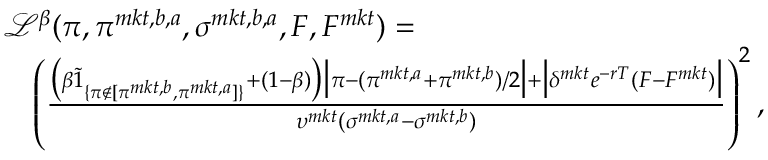
\begin{array} { r l } & { \mathcal { L } ^ { \beta } ( \pi , \pi ^ { m k t , b , a } , \sigma ^ { m k t , b , a } , F , F ^ { m k t } ) = } \\ & { \quad \left( \frac { \big ( \beta \tilde { 1 } _ { \{ \pi \notin [ \pi ^ { m k t , b } , \pi ^ { m k t , a } ] \} } + ( 1 - \beta ) \big ) \big | \pi - ( \pi ^ { m k t , a } + \pi ^ { m k t , b } ) / 2 \big | + \big | \delta ^ { m k t } e ^ { - r T } ( F - F ^ { m k t } ) \big | } { { \upsilon ^ { m k t } ( \sigma ^ { m k t , a } - \sigma ^ { m k t , b } ) } } \right) ^ { 2 } , } \end{array}